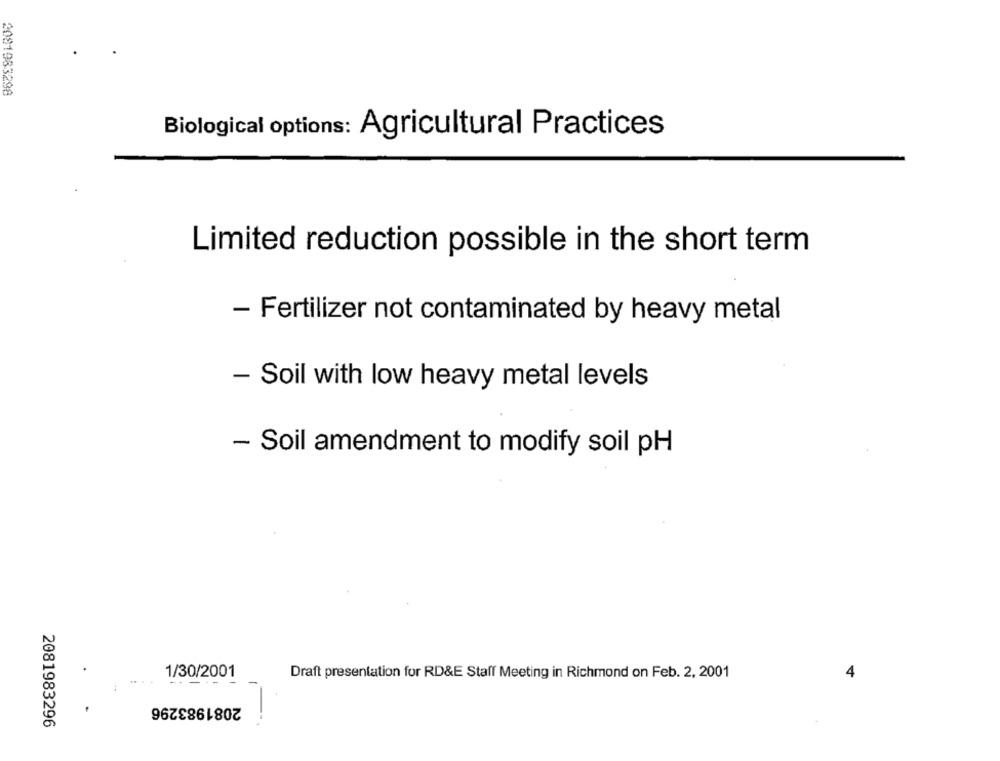
2081983298
Biological options: Agricultural Practices
Limited reduction possible in the short term
- Fertilizer not contaminated by heavy metal
- Soil with low heavy metal levels
- Soil amendment to modify soil pH
1/30/2001
Draft presentation for RD&E Staff Meeting in Richmond on Feb. 2, 2001
4
-----
2081983296
2081983296